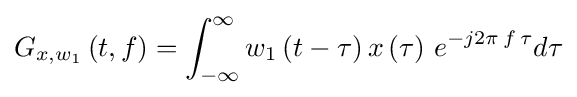
{G_{x,{w_{1}}}}\left({t,f}\right)=\int _{-\infty }^{\infty }{{w_{1}}\left({t-\tau }\right)x\left(\tau \right)\,{e^{-j2\pi \,f\,\tau }}d\tau }